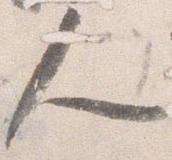
人